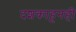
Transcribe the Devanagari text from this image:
दशकाहूनही